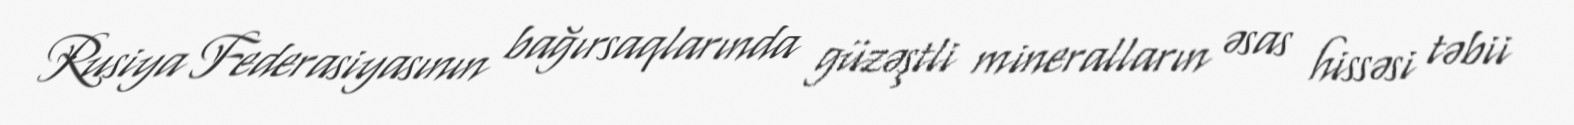
Rusiya Federasiyasının bağırsaqlarında güzəştli mineralların əsas hissəsi təbii